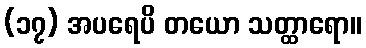
(၁၇) အပရေပိ တယော သတ္ထာရော။